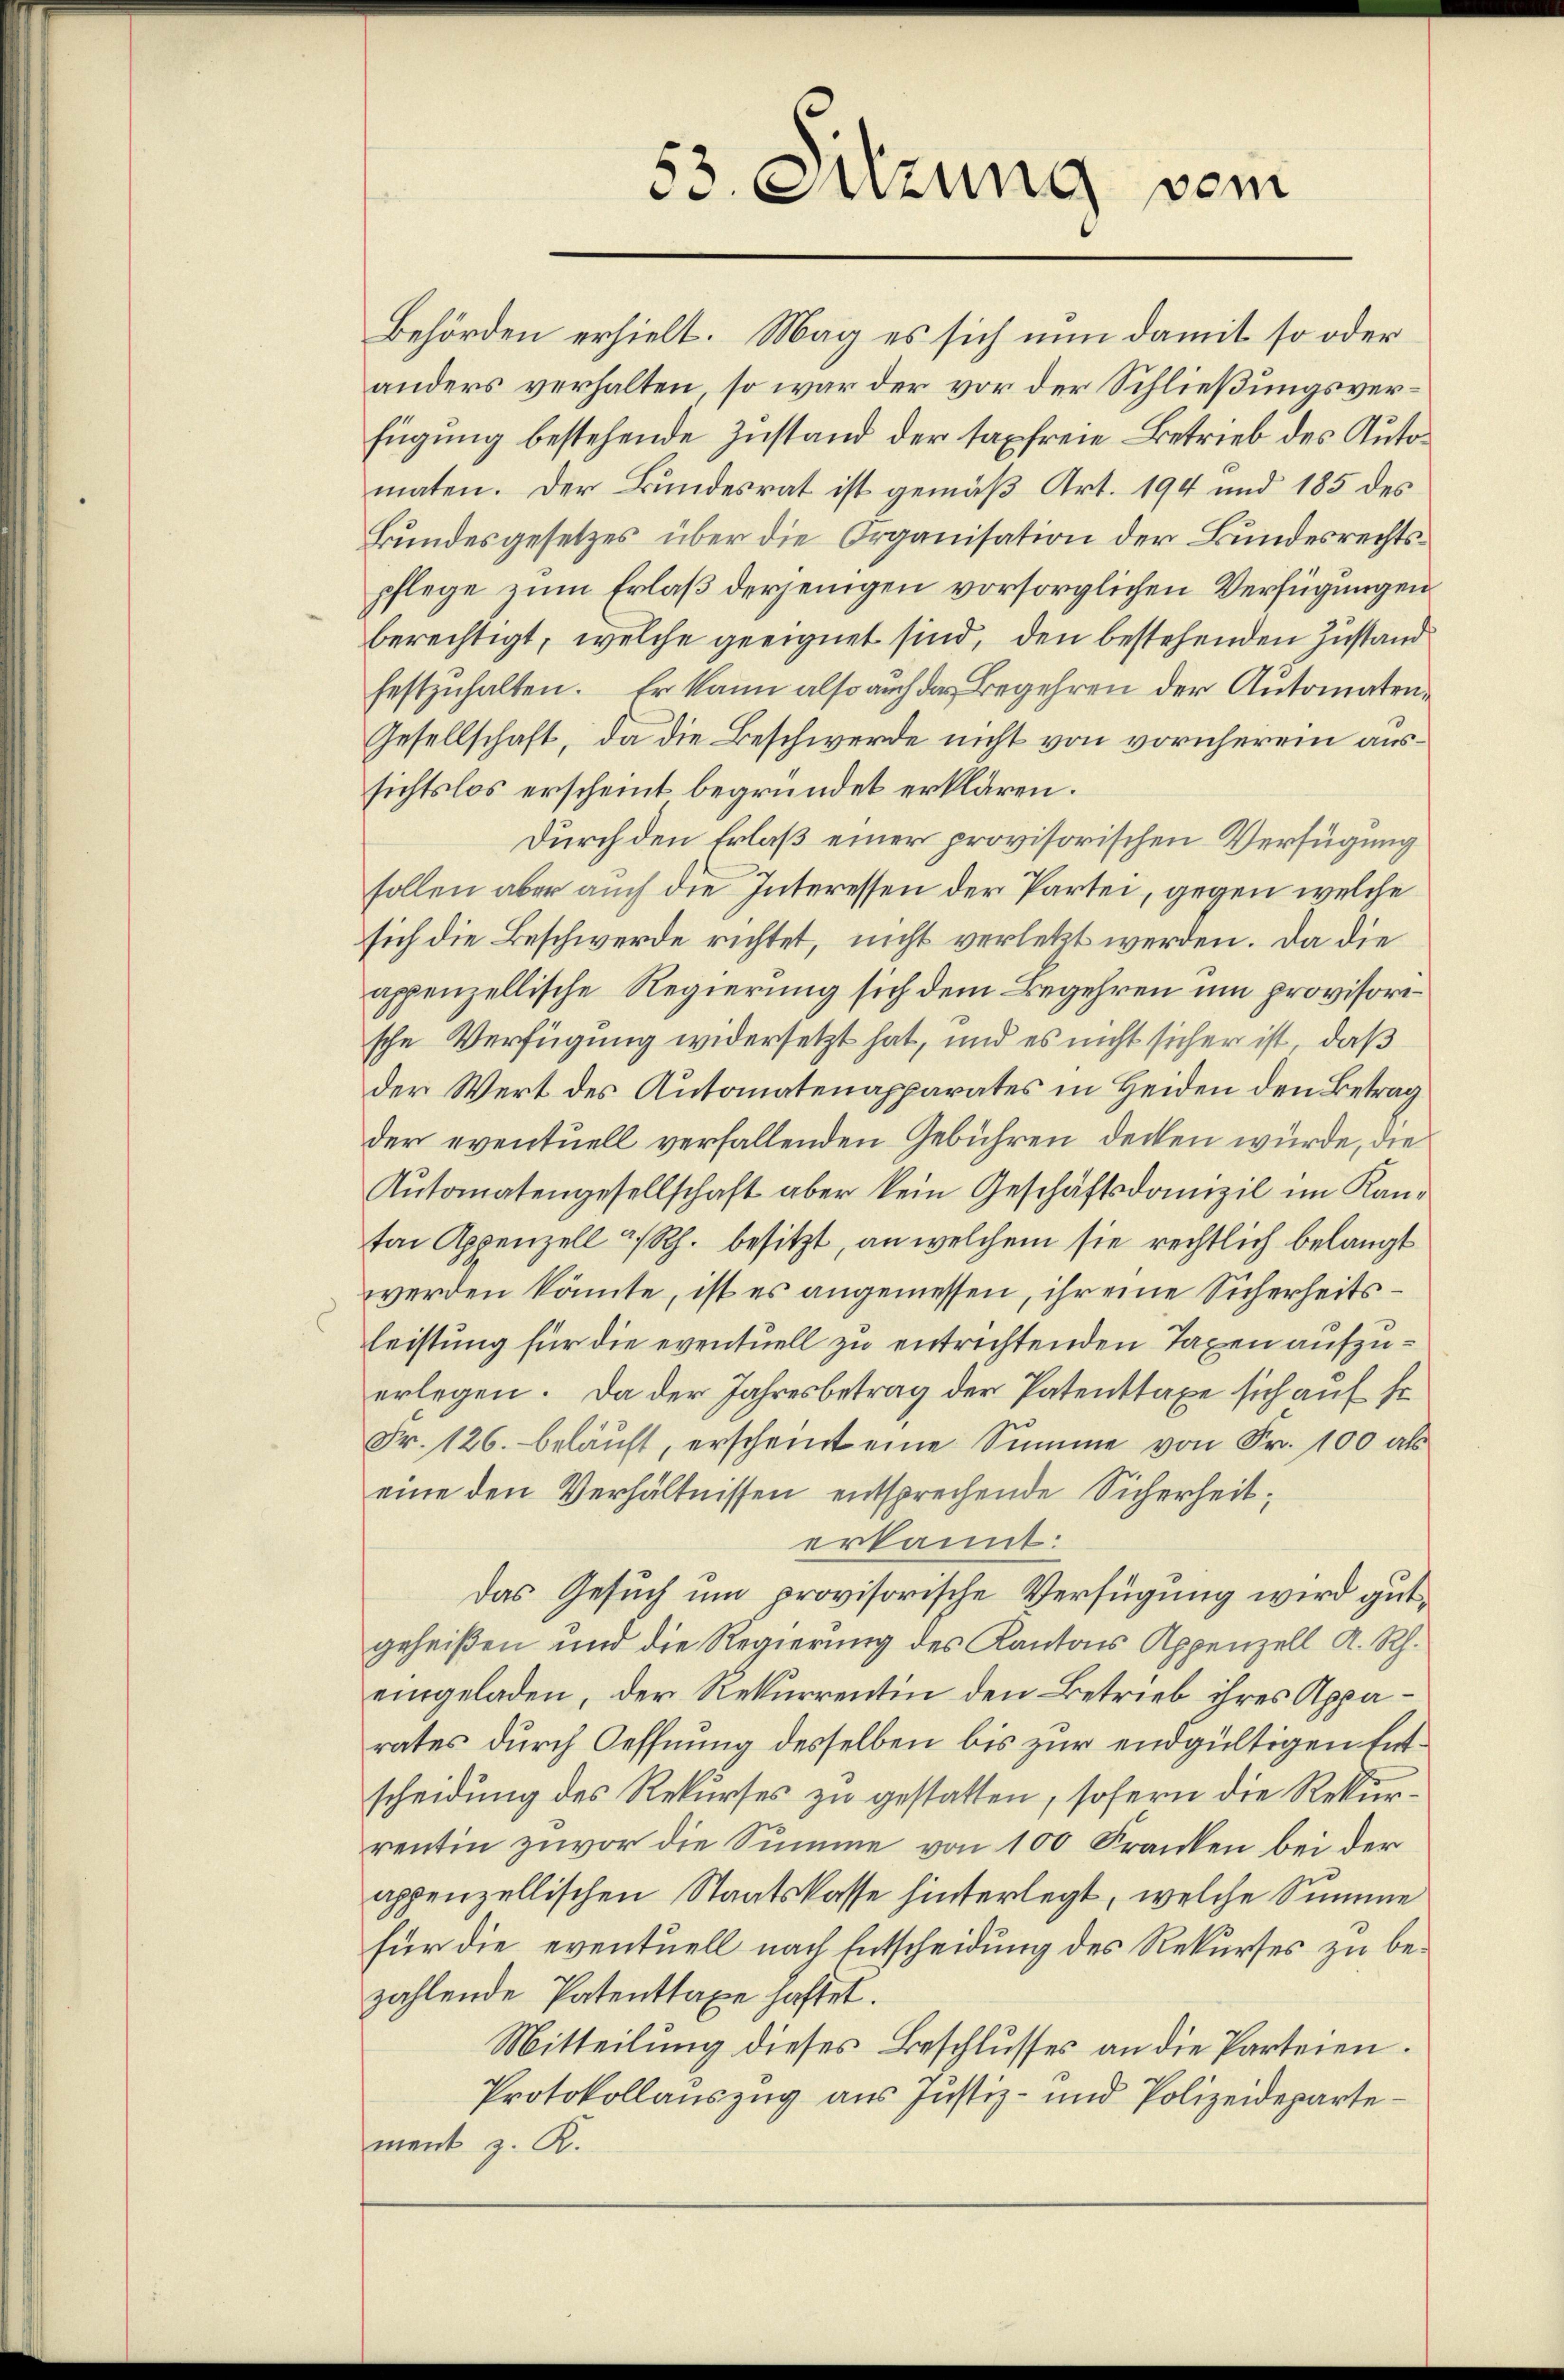
53. Sitzung vom

Behörden erhielt. Mag es sich nun damit so oder
anders verhalten, so war der vor der Schließungsverfügung bestehende Zustand der taxfreie Betrieb des Automaten. Der Bundesrat ist gemäß Art. 194 und 185 des
Bundesgesetzes über die Organisation der Bundesrechtspflege zum Erlaß derjenigen vorsorglichen Verfügungen
berechtigt, welche geeignet sind, den bestehenden Zustand
festzuhalten. Er kann also auch das Begehren der Automaten¬
Gesellschaft, da die Beschwerde nicht von vornherein aussichtslos erscheint begründet erklären.
Durch den Erlaß einer provisorischen Verfügung
sollen aber auch die Interessen der Partei, gegen welche
sich die Beschwerde richtet, nicht verletzt werden. Da die
appenzellische Regierung sich dem Begehren um provisorische Verfügung widersetzt hat, und es nicht sicher ist, daß
der Wert des Autonatenapparates in Heiden den Betrag
der eventuell verfallenden Gebühren decken würde, die
Automatengesellschaft aber kein Geschäftsdomizil im Kanton Appenzell a/Rh. besitzt, an welchem sie rechtlich belangt
werden könnte, ist es angemessen, ihr eine Sicherheitsleistung für die eventuell zu entrichtenden Taxen aufzuerlegen. Da der Jahresbetrag der Patenttaxe sich auf fr.
Fr. 126. beläuft, erscheint eine Summe von Fr. 100 als
eine den Verhältnissen entsprechende Sicherheit,
erkannt:
Das Gesuch um provisorische Verfügung wird gutgeheißen und die Regierung des Kantons Appenzell A. Rh.
eingeladen, der Rekurrentin den Betrieb ihres Apparates durch Oeffnung desselben bis zur endgültigen Entscheidung des Rekurses zu gestatten, sofern die Rekurrentin zuvor die Summe von 100 Kranken bei der
appenzellischen Staatskasse hinterlegt, welche Summe
für die eventuell nach Entscheidung des Rekurses zu bezahlende Patenttaxe haftet.
Mitteilung dieses Beschlusses an die Parteien.
Protokollauszug aus Justiz- und Polizeidepartemenk z. R.